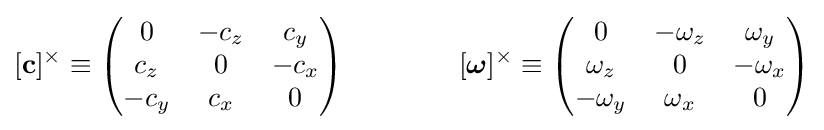
[\mathbf {c} ]^{\times }\equiv \left({\begin{matrix}0&-c_{z}&c_{y}\\c_{z}&0&-c_{x}\\-c_{y}&c_{x}&0\end{matrix}}\right)\qquad \qquad [\mathbf {\boldsymbol {\omega }} ]^{\times }\equiv \left({\begin{matrix}0&-\omega _{z}&\omega _{y}\\\omega _{z}&0&-\omega _{x}\\-\omega _{y}&\omega _{x}&0\end{matrix}}\right)